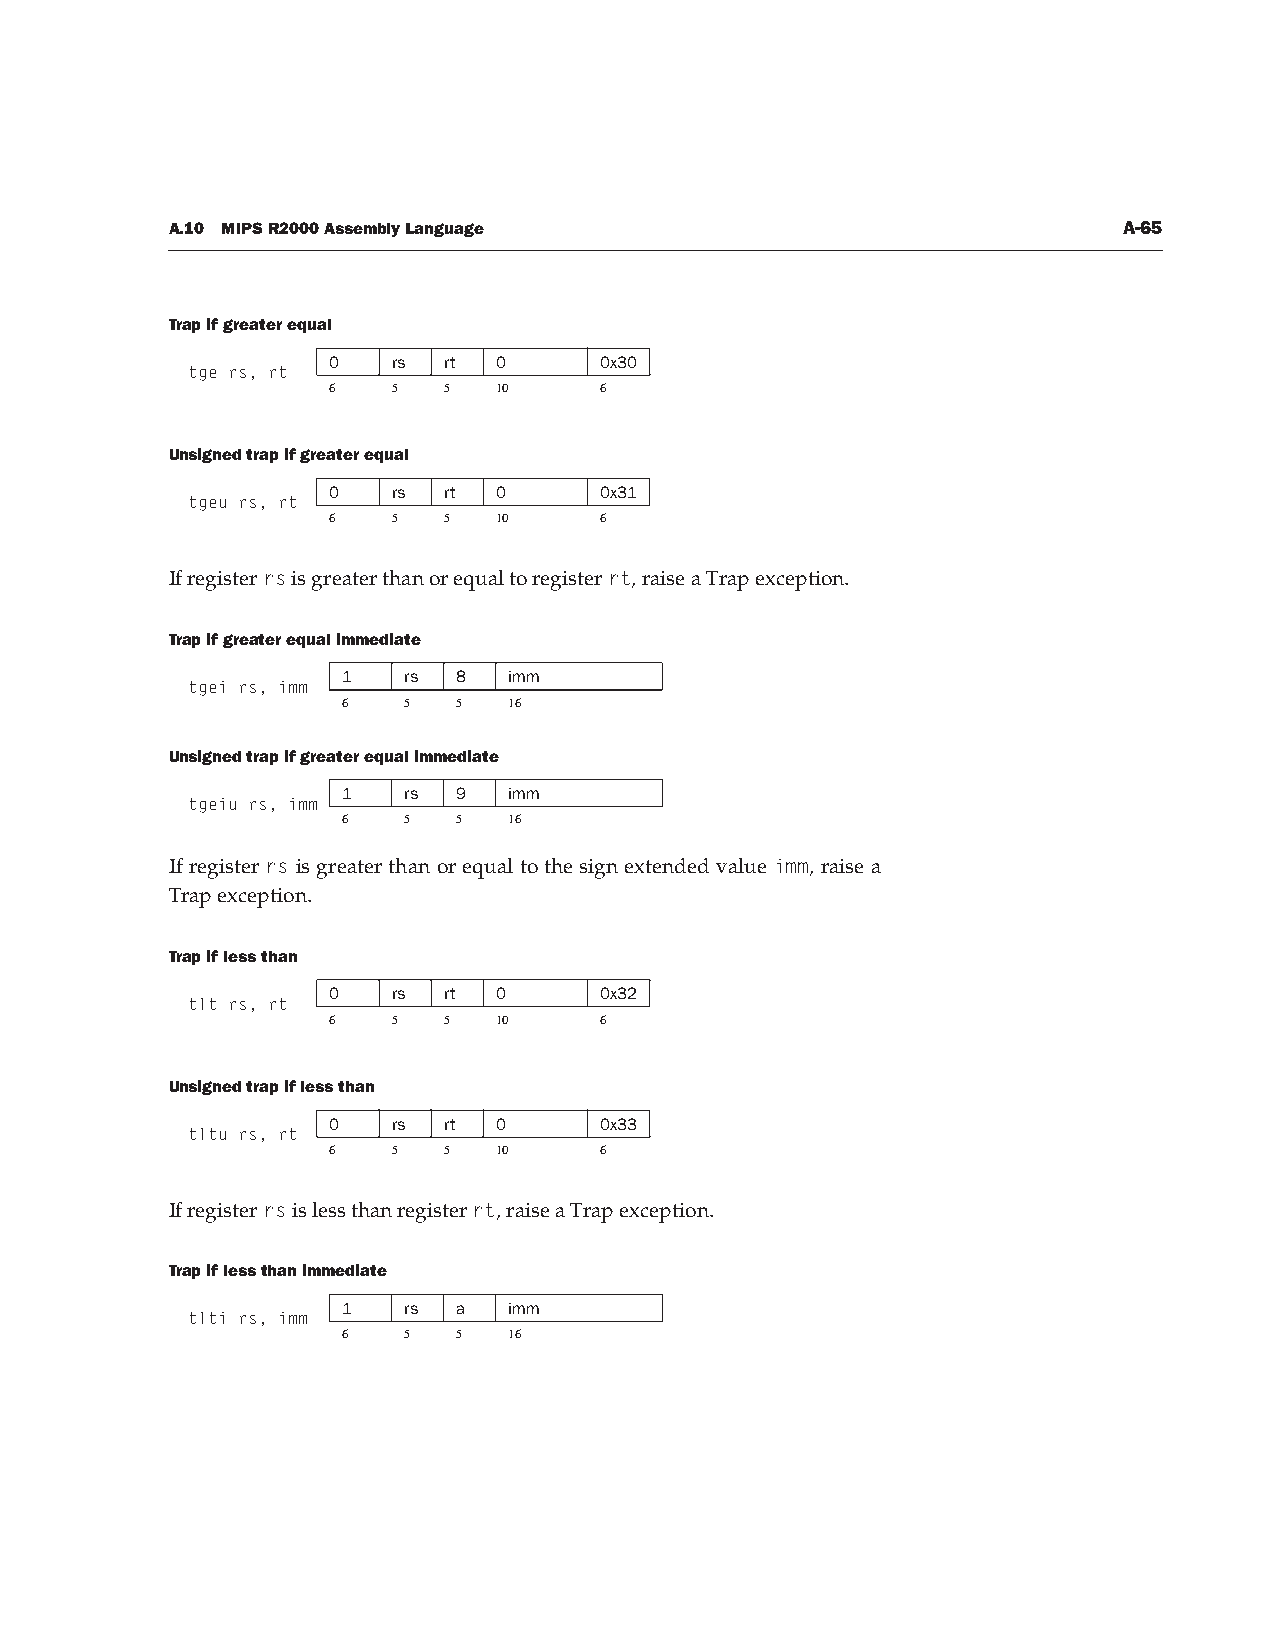
A.10 MIPS R2000 Assembly Language                              A-65
 Trap if greater equal
 0   rs rt  0      0x30
 tge rs, rt
 6   5  5   10     6
 Unsigned trap if greater equal
 0   rs rt  0      0x31
 tgeu rs, rt
 6   5  5   10     6
 If register rs is greater than or equal to register rt, raise a Trap exception.
 Trap if greater equal immediate
 1   rs 8   imm
 tgei rs, imm
 6   5  5   16
 Unsigned trap if greater equal immediate
 1   rs 9   imm
 tgeiu rs, imm
 6   5  5   16
 If register rs is greater than or equal to the sign extended value imm, raise a
 Trap exception.
 Trap if less than
 0   rs rt  0      0x32
 tlt rs, rt
 6   5  5   10     6
 Unsigned trap if less than
 0   rs rt  0      0x33
 tltu rs, rt
 6   5  5   10     6
 If register rs is less than register rt, raise a Trap exception.
 Trap if less than immediate
 1   rs a   imm
 tlti rs, imm
 6   5  5   16